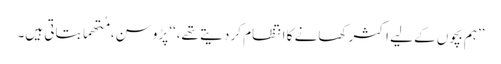
’’ہم بچوں کے لیے اکثر کھانے کا انتظام کر دیتے تھے،‘‘ پڑوسن، مُتھما بتاتی ہیں۔